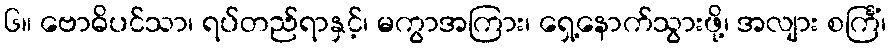
၆။ ဗောဓိပင်သာ၊ ရပ်တည်ရာနှင့်၊ မကွာအကြား၊ ရှေ့နောက်သွားဖို့၊ အလျား စင်္ကြံ၊